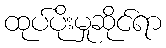
ထုပ်ပိုးမှုဆိုင်ရာ